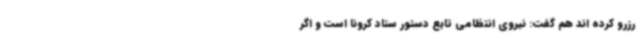
رزرو کرده اند هم گفت: نیروی انتظامی تابع دستور ستاد کرونا است و اگر